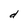
Character: d